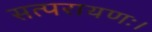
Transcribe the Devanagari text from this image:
सत्परायणः।